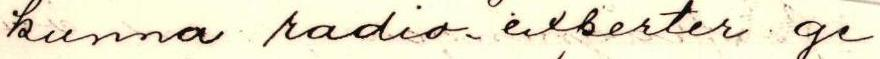
kunna radio-exberter ge